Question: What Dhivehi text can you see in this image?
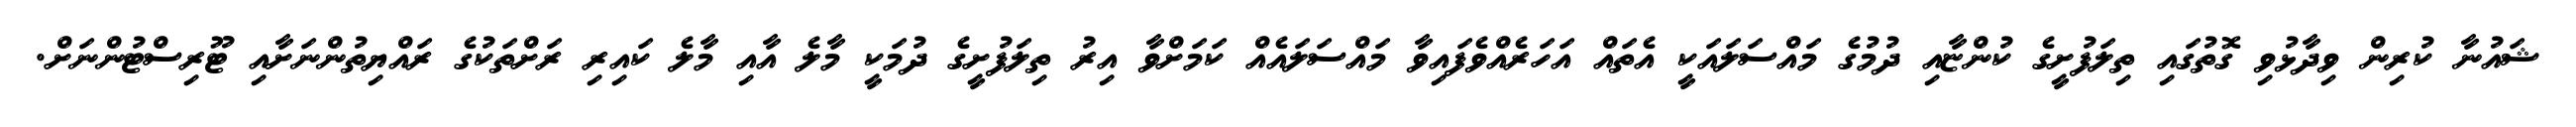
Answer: ޝައުނާ ކުރިން ވިދާޅުވި ގޮތުގައި ތިލަފުށީގެ ކުންޏާއި ދުމުގެ މައްސަލައަކީ އެތައް އަހަރެއްވެފައިވާ މައްސަލައެއް ކަމަށްވާ އިރު ތިލަފުށީގެ ދުމަކީ މާލެ އާއި މާލެ ކައިރި ރަށްތަކުގެ ރައްޔިތުންނަށާއި ޓޫރިސްޓުންނަށް.